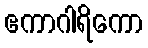
ဧကာဂါရိကော